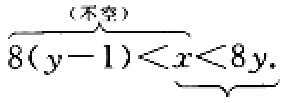
\[\underbrace{8(y - 1) < x < 8y}_{\text{(不空)}}\]